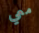
معي